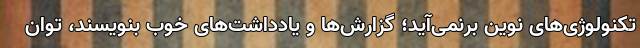
تکنولوژی‌های نوین برنمی‌آید؛ گزارش‌ها و یادداشت‌های خوب بنویسند، توان